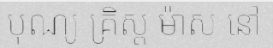
បុណ្យ គ្រិស្ត ម៉ាស នៅ